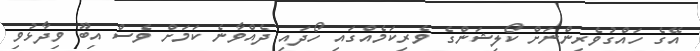
އޭގެ ހައްގުވެރިންނަށް ކޯލިޝަންގެ ވެރިކަމެއްގައި ހޯދައި ދެއްވާނެ ކަމަށް ވެސް އިބޫ ވިދާޅުވި